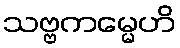
သဗ္ဗကမ္မေဟိ